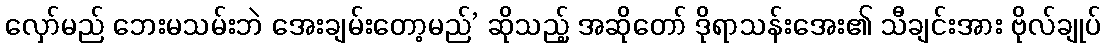
လှော်မည် ဘေးမသမ်းဘဲ အေးချမ်းတော့မည်’ ဆိုသည့် အဆိုတော် ဒိုရာသန်းအေး၏ သီချင်းအား ဗိုလ်ချုပ်